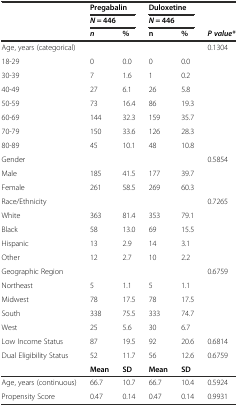
|  | <COLSPAN=2> Pregabalin | <COLSPAN=2> Duloxetine |  |
 |  | <COLSPAN=2> N = 446 | <COLSPAN=2> N = 446 |  |
 |  | n | % | n | % | P value* |
 | --- | --- | --- | --- | --- | --- |
 | Age, years (categorical) |  |  |  |  | 0.1304 |
 | 18-29 | 0 | 0.0 | 0 | 0.0 | <ROWSPAN=7>  |
 | 30-39 | 7 | 1.6 | 1 | 0.2 |
 | 40-49 | 27 | 6.1 | 26 | 5.8 |
 | 50-59 | 73 | 16.4 | 86 | 19.3 |
 | 60-69 | 144 | 32.3 | 159 | 35.7 |
 | 70-79 | 150 | 33.6 | 126 | 28.3 |
 | 80-89 | 45 | 10.1 | 48 | 10.8 |
 | Gender |  |  |  |  | 0.5854 |
 | Male | 185 | 41.5 | 177 | 39.7 | <ROWSPAN=2>  |
 | Female | 261 | 58.5 | 269 | 60.3 |
 | Race/Ethnicity |  |  |  |  | 0.7265 |
 | White | 363 | 81.4 | 353 | 79.1 | <ROWSPAN=4>  |
 | Black | 58 | 13.0 | 69 | 15.5 |
 | Hispanic | 13 | 2.9 | 14 | 3.1 |
 | Other | 12 | 2.7 | 10 | 2.2 |
 | Geographic Region |  |  |  |  | 0.6759 |
 | Northeast | 5 | 1.1 | 5 | 1.1 | <ROWSPAN=4>  |
 | Midwest | 78 | 17.5 | 78 | 17.5 |
 | South | 338 | 75.5 | 333 | 74.7 |
 | West | 25 | 5.6 | 30 | 6.7 |
 | Low Income Status | 87 | 19.5 | 92 | 20.6 | 0.6814 |
 | Dual Eligibility Status | 52 | 11.7 | 56 | 12.6 | 0.6759 |
 |  | Mean | SD | Mean | SD |  |
 | Age, years (continuous) | 66.7 | 10.7 | 66.7 | 10.4 | 0.5924 |
 | Propensity Score | 0.47 | 0.14 | 0.47 | 0.14 | 0.9931 |